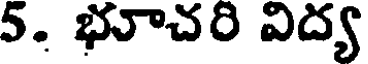
5. భూచరి విద్య